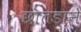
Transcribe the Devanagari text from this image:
छातडाने